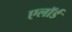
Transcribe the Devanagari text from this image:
एलॉर्ड